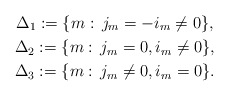
\begin{gather*} \Delta_1:= \{m:\,j_m=-i_m\ne0\},\\ \Delta_2:=\{m:\,j_m=0,i_m\ne0\},\\ \Delta_3:=\{m:\,j_m\ne0,i_m=0\}. \end{gather*}